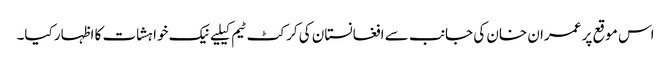
اس موقع پر عمران خان کی جانب سے افغانستان کی کرکٹ ٹیم کیلیےنیک خواہشات کا اظہار کیا۔